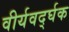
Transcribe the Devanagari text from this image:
वीर्यवर्द्घक